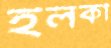
হলকা